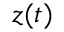
\ensuremath { \boldsymbol { z } } ( t )